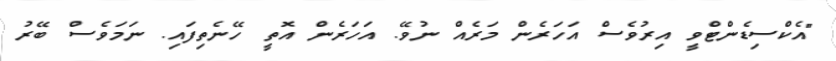
"އެކްސިޑެންޓްވީ އިރުވެސް އަހަރެން މަރެއް ނުވޭ. އަހަރެން އޮތީ ހޭނެތިފައި. ނަމަވެސް ބޭރު